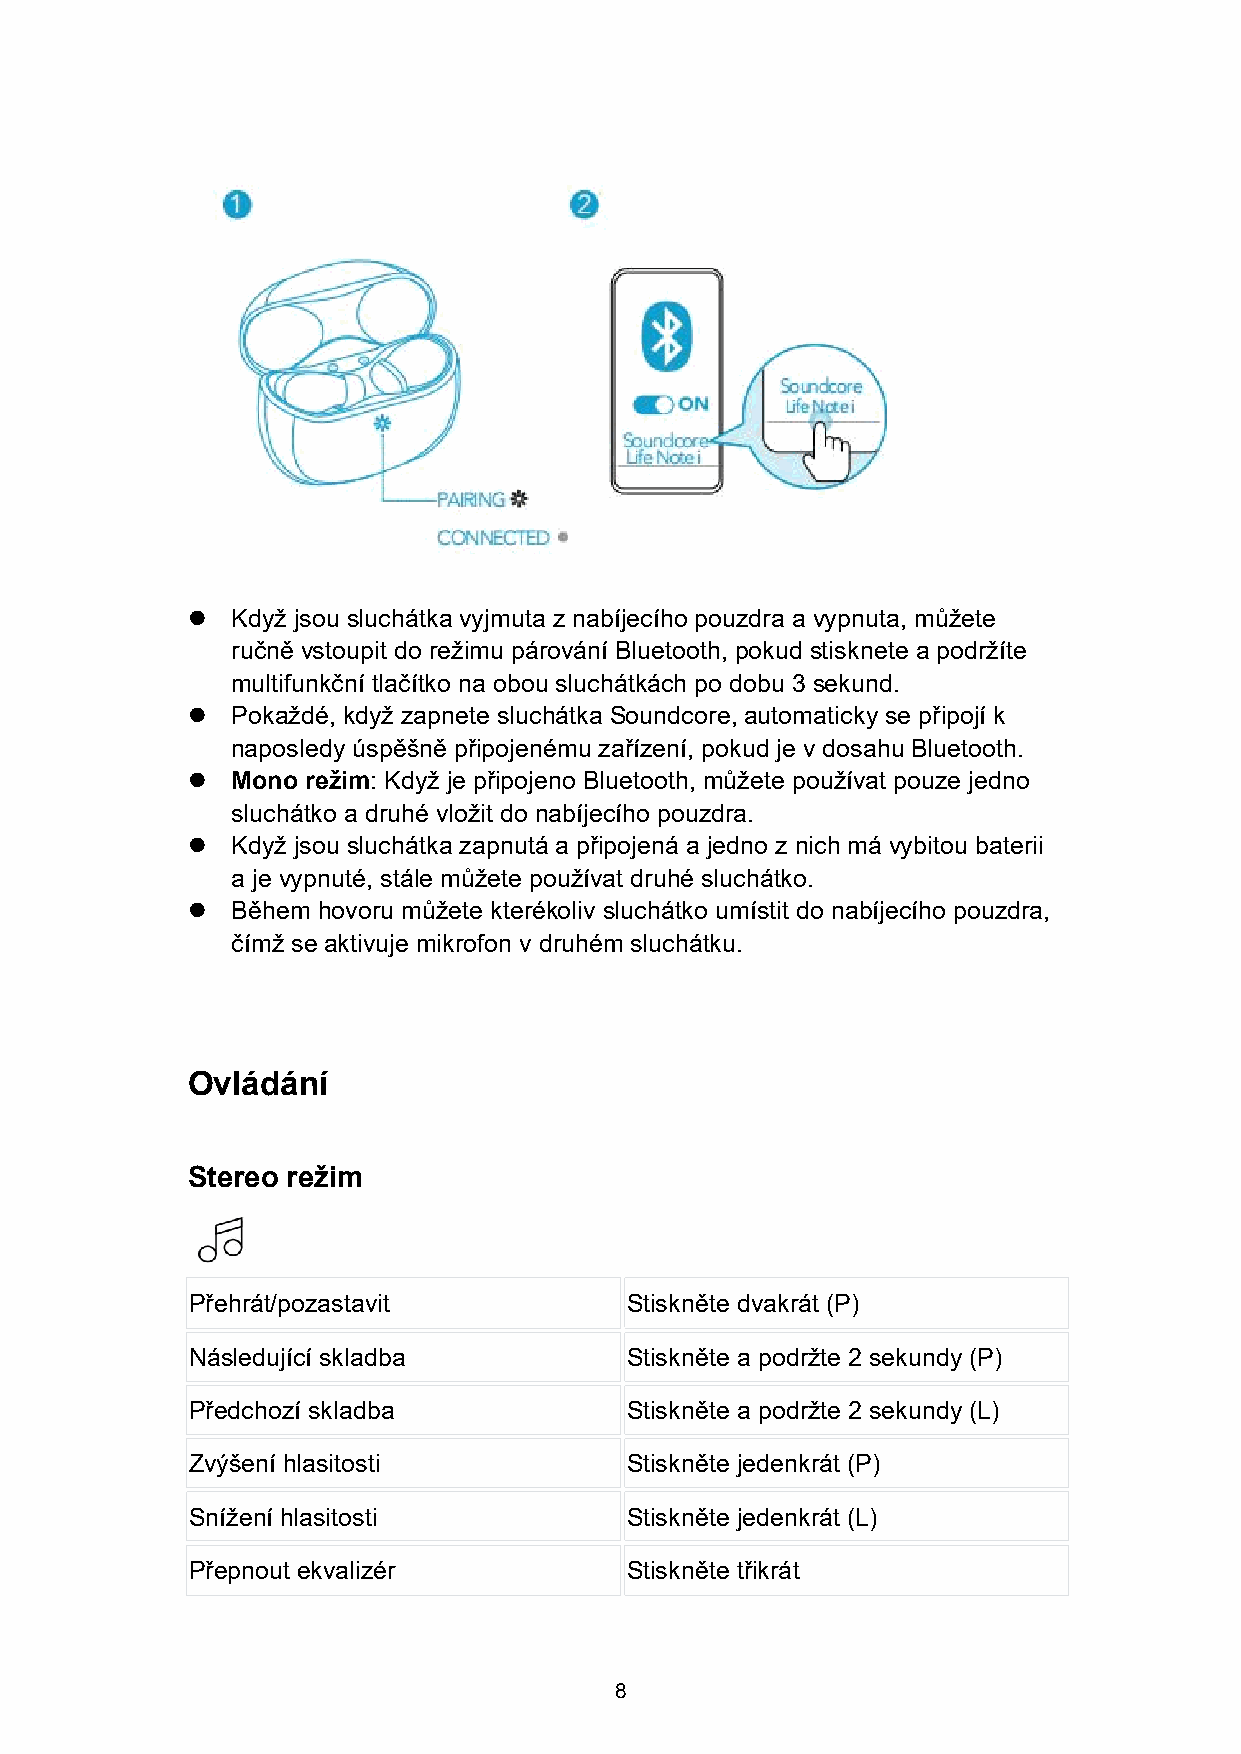
  Když jsou sluchátka vyjmuta z nabíjecího pouzdra a vypnuta, můžete
 ručně vstoupit do režimu párování Bluetooth, pokud stisknete a podržíte
 multifunkční tlačítko na obou sluchátkách po dobu 3 sekund.
   Pokaždé, když zapnete sluchátka Soundcore, automaticky se připojí k
 naposledy úspěšně připojenému zařízení, pokud je v dosahu Bluetooth.
   Mono režim: Když je připojeno Bluetooth, můžete používat pouze jedno
 sluchátko a druhé vložit do nabíjecího pouzdra.
   Když jsou sluchátka zapnutá a připojená a jedno z nich má vybitou baterii
 a je vypnuté, stále můžete používat druhé sluchátko.
   Během hovoru můžete kterékoliv sluchátko umístit do nabíjecího pouzdra,
 čímž se aktivuje mikrofon v druhém sluchátku.
 Ovládání
 Stereo režim
 Přehrát/pozastavit           Stiskněte dvakrát (P)
 Následující skladba          Stiskněte a podržte 2 sekundy (P)
 Předchozí skladba            Stiskněte a podržte 2 sekundy (L)
 Zvýšení hlasitosti           Stiskněte jedenkrát (P)
 Snížení hlasitosti           Stiskněte jedenkrát (L)
 Přepnout ekvalizér           Stiskněte třikrát
 8